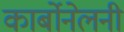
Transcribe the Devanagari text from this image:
कार्बोनेलनी